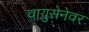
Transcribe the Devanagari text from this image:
वायुसेनेवर